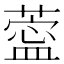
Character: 𦺝